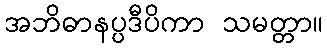
အဘိဓာနပ္ပဒီပိကာ သမတ္တာ။